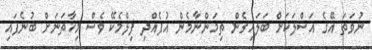
ނުވަތަ އޭގެ އަސްލަކަށް ބަލައިގެން ތިމަންނާމެން އުފެއްދި ފިލްމެކޭ ވެސް މިހާތަނަށް ބުނެފައި